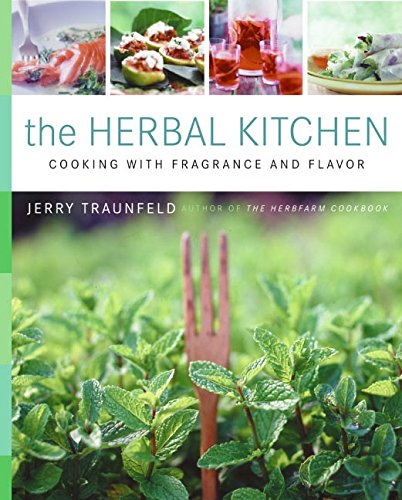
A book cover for The Herbal Kitchen: Cooking with Fragrance and Flavor; Jerry Traunfeld; Crafts, Hobbies & Home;